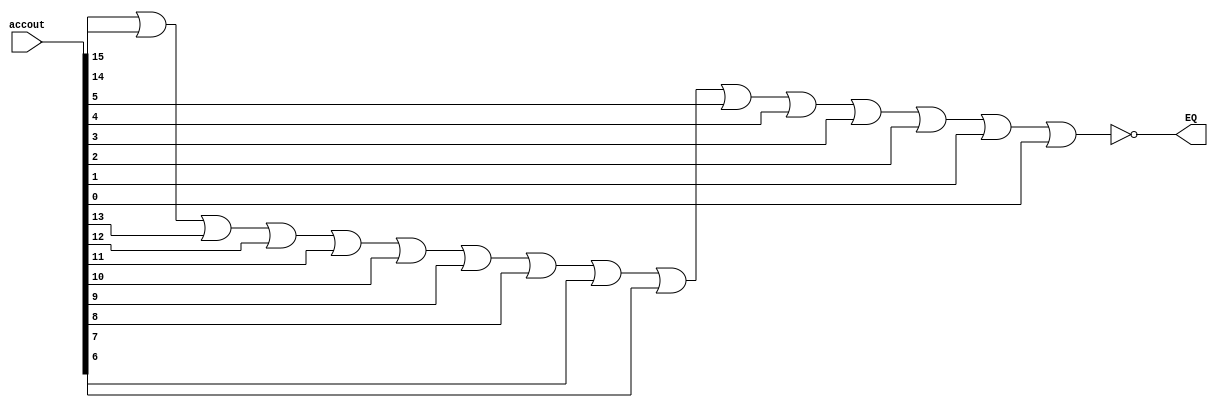
module EQ
(

input [15:0] accout,
output EQ
);

assign EQ = ~(accout[15] | accout[14] | accout[13] | accout[12] | accout[11] | accout[10] | accout[9] | accout[8] | accout[7] | accout[6] | accout[5] | accout[4] | accout[3] | accout[2] | accout[1] | accout[0]); 

endmodule